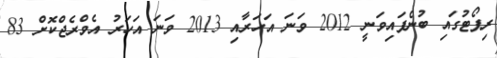
ރިޕޯޓުގައި ބުނެފައިވަނީ 2012 ވަނަ އަހަރާއި 2013 ވަނަ އަހަރު އެވްރެޖްކޮށް 83